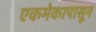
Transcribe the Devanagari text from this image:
एकमेकापासून